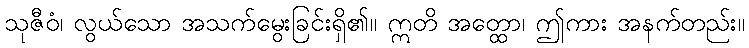
သုဇီဝံ၊ လွယ်သော အသက်မွေးခြင်းရှိ၏။ ဣတိ အတ္ထော၊ ဤကား အနက်တည်း။